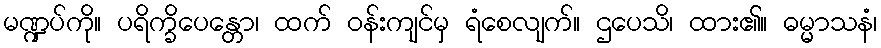
မဏ္ဍပ်ကို။ ပရိက္ခိပေန္တော၊ ထက် ဝန်းကျင်မှ ရံစေလျက်။ ဌပေသိ၊ ထား၏။ ဓမ္မာသနံ၊